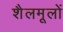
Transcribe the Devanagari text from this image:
शैलमूलों